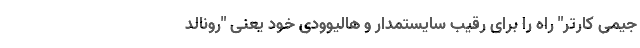
جیمی کارتر" راه را برای رقیب سایستمدار و هالیوودی خود یعنی "رونالد